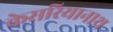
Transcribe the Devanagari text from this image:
केसरियानाथ